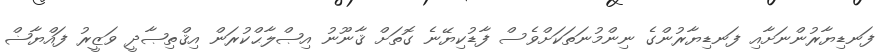
ފަނޑިޔާރުންނަށާއި ފަނޑިޔާރުންގެ ނިންމުނަތަކަށްވެސް ފާޑުކިޔޭނެ ގޮތަށް ޤާނޫނު އިޞްލާޙްކުރަން އިޤްތިޞާދީ ވަޒީރު ފައްޔާޟް